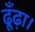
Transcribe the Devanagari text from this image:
ढूँढ़ा।